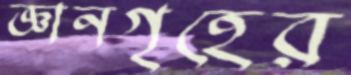
জ্ঞানগৃহের